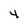
Character: 4